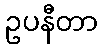
ဥပနီတာ